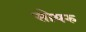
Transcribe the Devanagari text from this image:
सोयरु